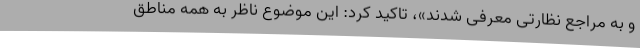
و به مراجع نظارتی معرفی شدند»، تاکید کرد: این موضوع ناظر به همه مناطق